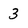
Character: 3